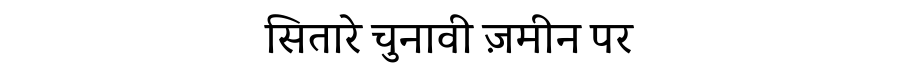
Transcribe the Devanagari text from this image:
सितारे चुनावी ज़मीन पर